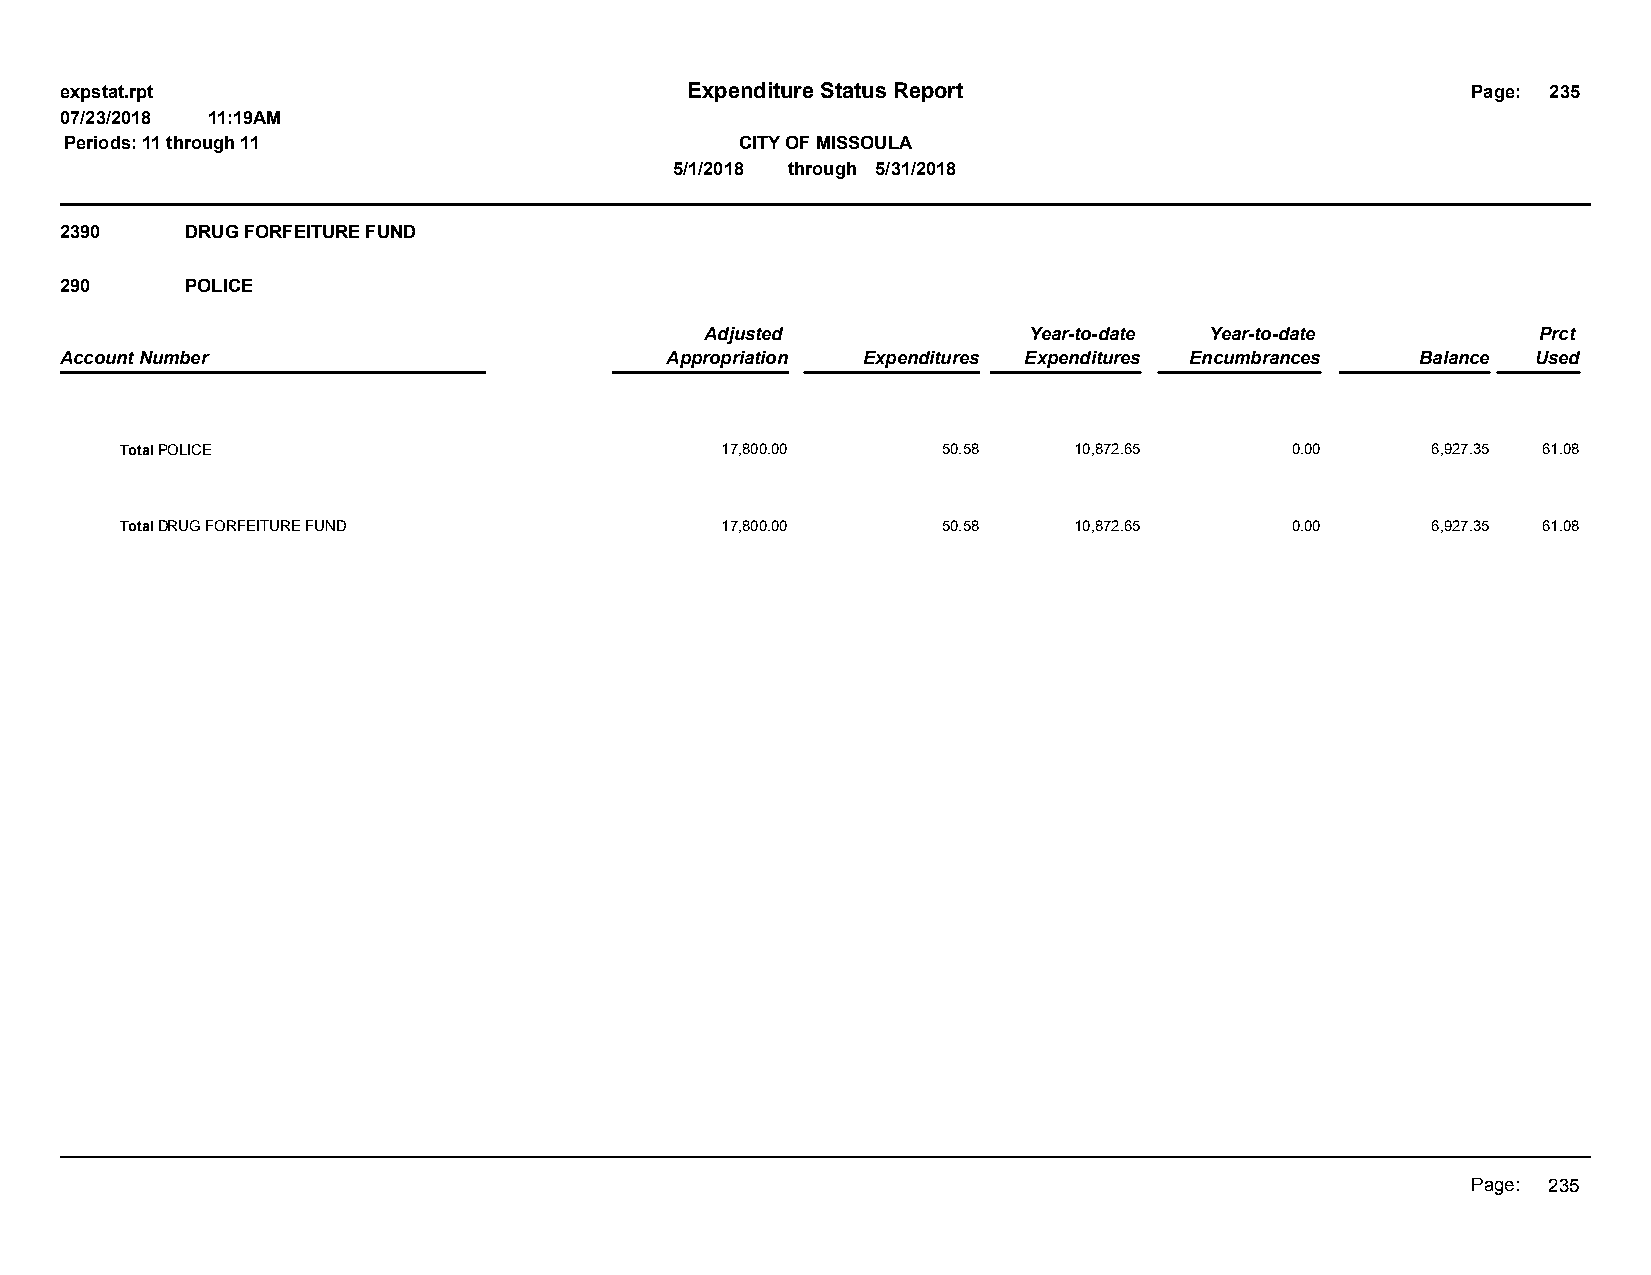
expstat.rpt                              Expenditure Status Report                           Page: 235
 07/23/2018 11:19AM
 Periods: 11 through 11                       CITY OF MISSOULA
 5/1/2018 through 5/31/2018
 2390    DRUG FORFEITURE FUND
 290     POLICE
 Adjusted             Year-to-date Year-to-date         Prct
 Account Number                          Appropriation Expenditures Expenditures Encumbrances Balance Used
 Total POLICE                            17,800.00     50.58    10,872.65     0.00      6,927.35 61.08
 Total DRUG FORFEITURE FUND              17,800.00     50.58    10,872.65     0.00      6,927.35 61.08
 Page: 235